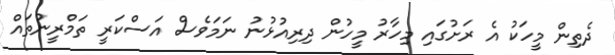
ދެތިން މީހަކު އެ ރަށުގައި މިހާރު މީހުން ދިރިއުޅުނު ނަމަވެސް އަސްކަރީ ތަމްރީނުތައް